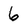
Character: 6